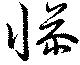
懆